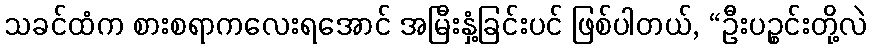
သခင်ထံက စားစရာကလေးရအောင် အမြီးနှံ့ခြင်းပင် ဖြစ်ပါတယ်, “ဦးပဉ္စင်းတို့လဲ